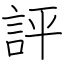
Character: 評